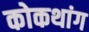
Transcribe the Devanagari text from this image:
कोकथांग